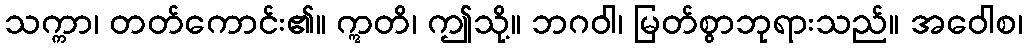
သက္ကာ၊ တတ်ကောင်း၏။ ဣတိ၊ ဤသို့။ ဘဂဝါ၊ မြတ်စွာဘုရားသည်။ အဝေါစ၊